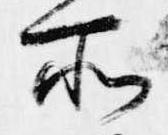
所